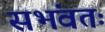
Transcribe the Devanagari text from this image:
सभंवतः